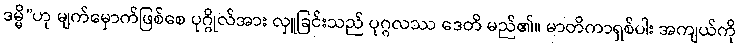
ဒမ္မိ”ဟု မျက်မှောက်ဖြစ်စေ ပုဂ္ဂိုလ်အား လှူခြင်းသည် ပုဂ္ဂလဿ ဒေတိ မည်၏။ မာတိကာရှစ်ပါး အကျယ်ကို